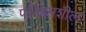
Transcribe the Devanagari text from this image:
परिश्रमशील